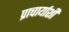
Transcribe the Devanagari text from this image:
प्राचार्याशी